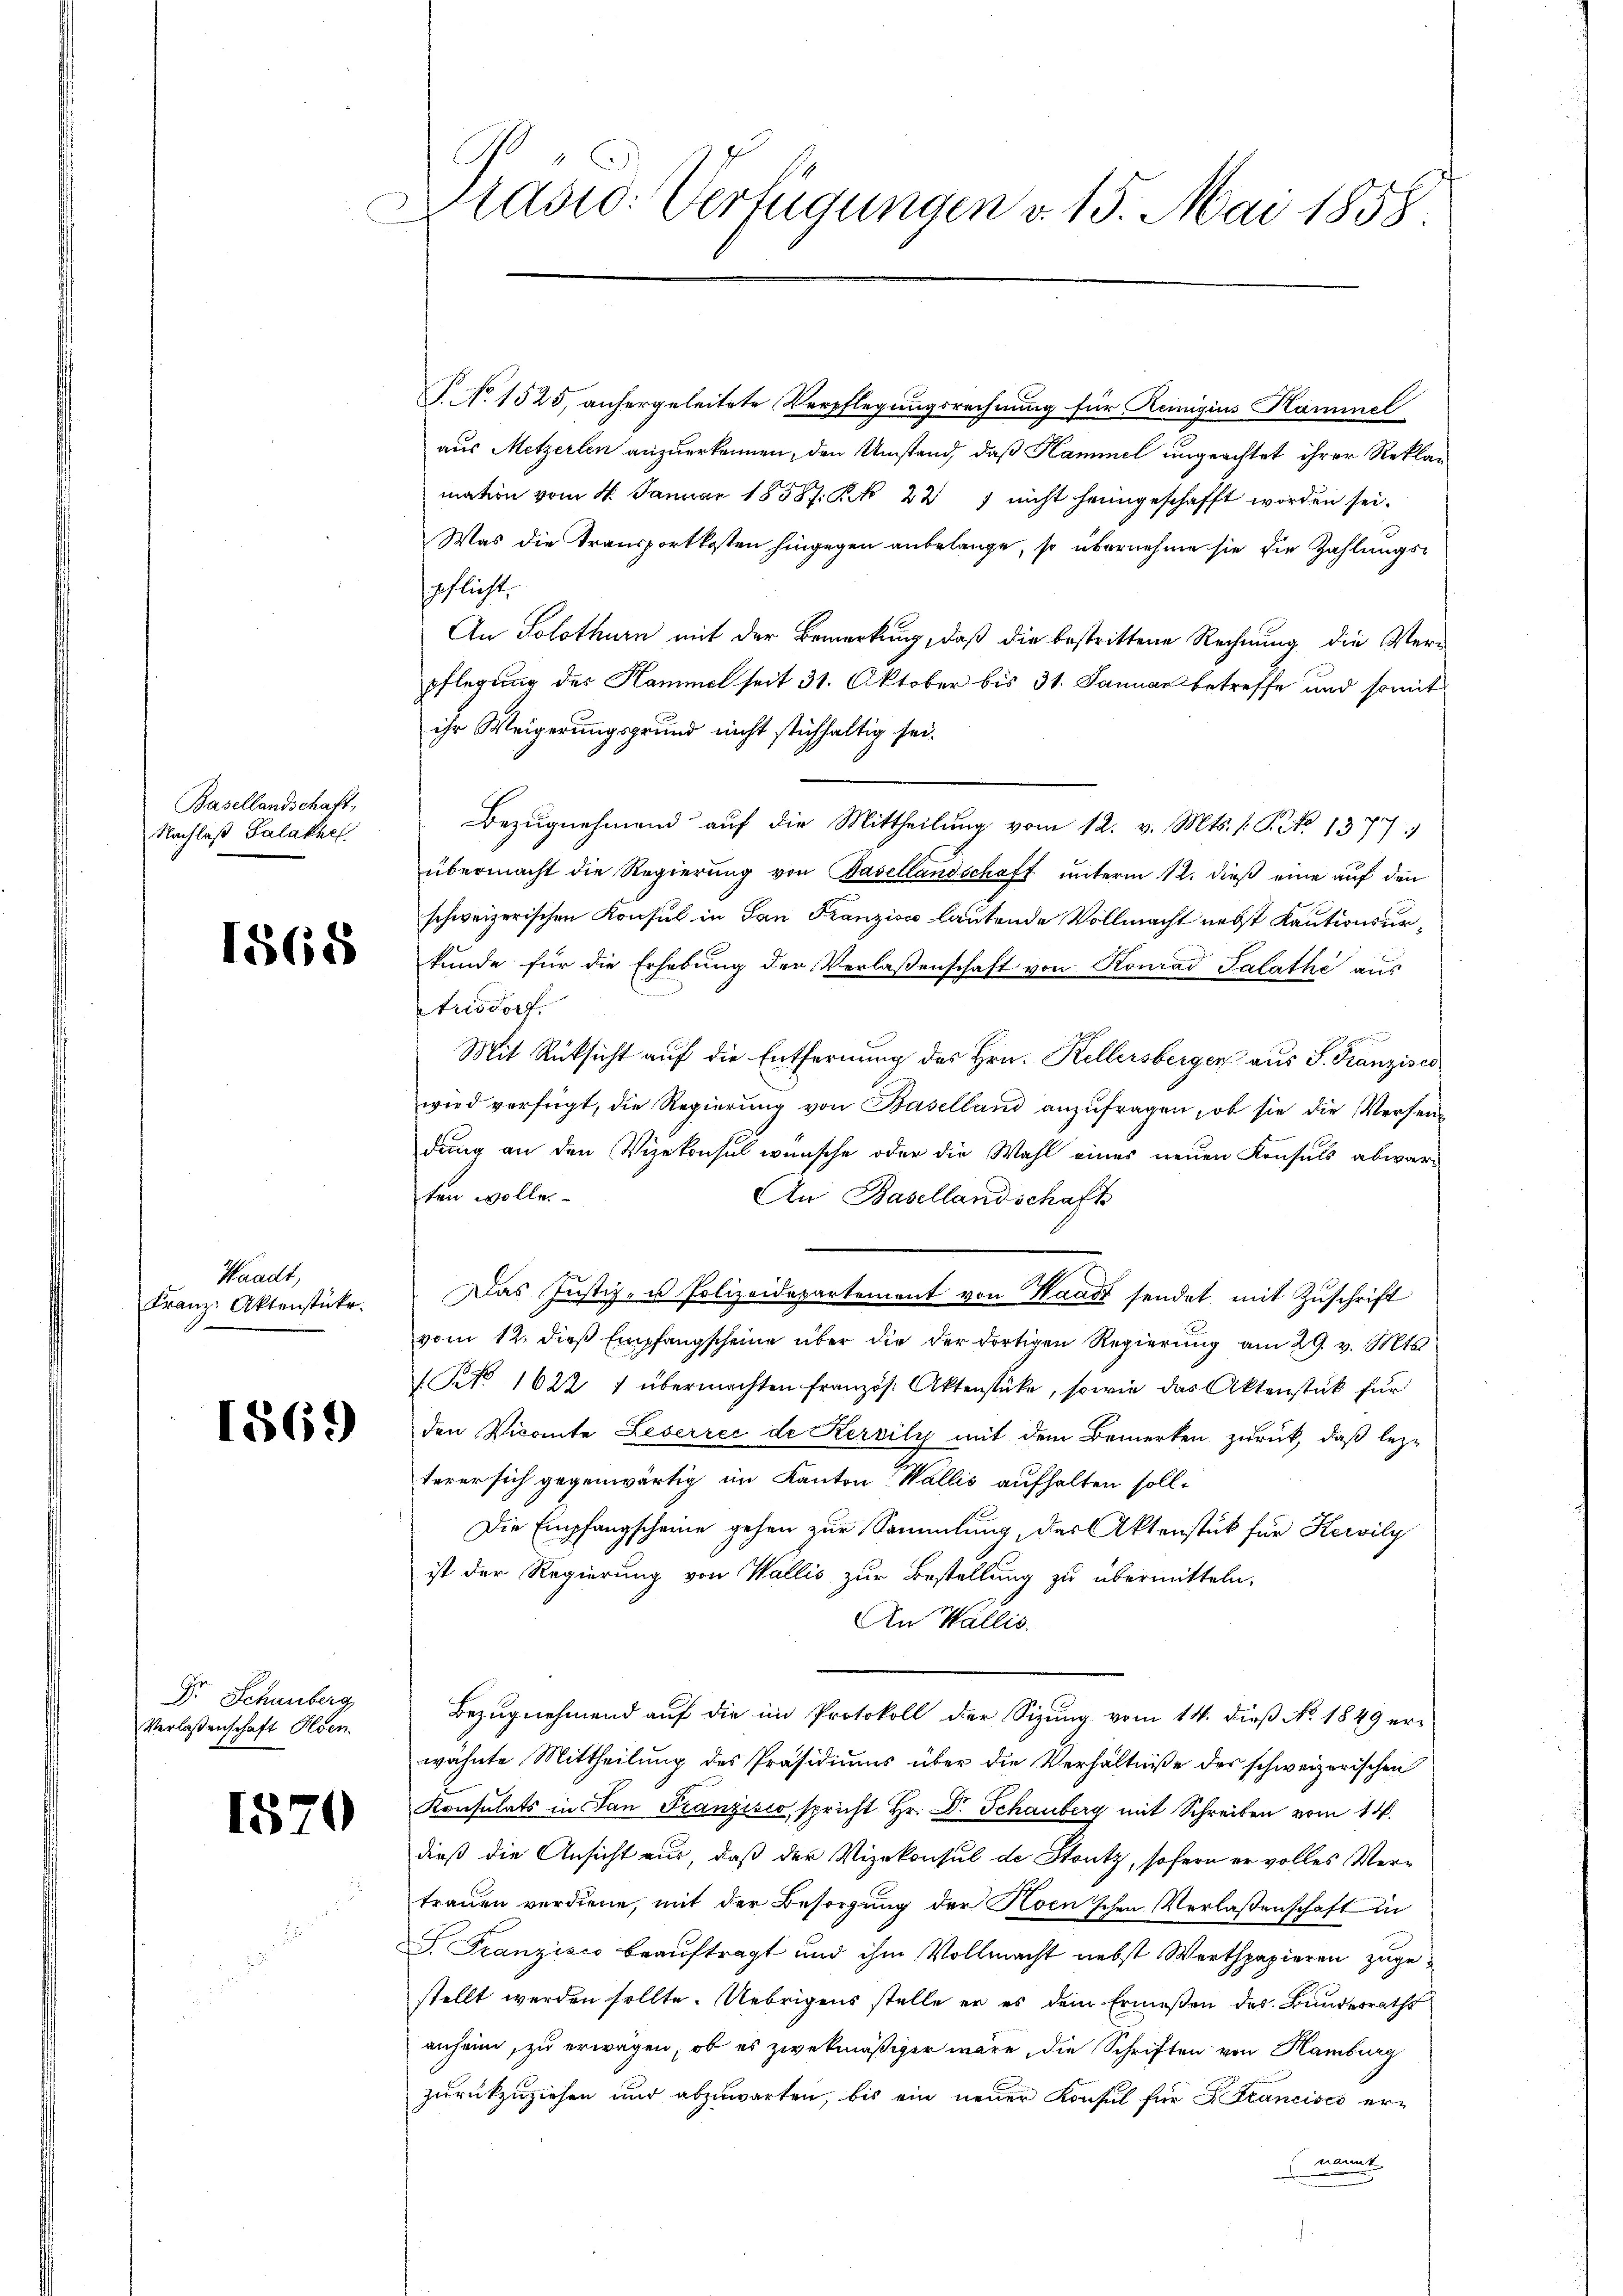
Basellandschaft,
Nachlaß Salathes

1868

Waadt,
Franz: Aktenstücke.

1569

Dr. Schauberg
Verlaßenschaft Olden.

1570

.
asid: Verfügungen v. 15. Mai 1858.
e

P. No 1525, anhergeleitete Verpflegungsrechnung für Reinigius Hammel
aus Metzerlen anzuerkennen, den Umstand, daß Kammel ungeachtet ihrer Reklamation vom 4. Januar 1858. Sk 227 nicht heimgeschafft worden sei.
Was die Transportkosten hingegen anbelange, so übernehme sie die Zahlungsspflicht,
An Solothurn mit der Bemerkung, daß die bestrittene Rechnung die Verpflegung des Hammel seit 31. Oktober bis 31. Januar betreffe und somit
ihr Weigerungsgrund nicht stichhaltig sei.
Bezŭgnehmend aŭf die Mittheilŭng vom 12. v. Mts. 1. P. Nr. 1377. 1
übermacht die Regierung von Basellandschaft unterm 12. dieß eine auf den
schweizerischen Konsul in San Franzisco lautende Vollmacht nebst Kautionsurkunde für die Erhebung der Verlassenschaft von Konrad Salathe aus
Arisdorf.
Mit Rücksicht auf die Entfernung des Hrn. Kellersberger aus S. Franzisci
wird verfeigt, die Regierŭng von Baselland anzufragen, ob sie die Verseidung an den Vizekonsul wünsche oder die Wahl eines neuen Konsuls abwarten wolle.
An Basellandschaft
Das Justiz- u Polizeidepartement von Waadt sendet mit Zuschrift
vom 12. dieß Empfangscheine über die der dortigen Regierung am 29. v. Mts.
(NNo. 1622 1 übermachten französ. Aktenstücke, sowie das Aktenstück für
den Vicante Leserrei de Kervily mit dem Bemerken zurück, daß lezterer sich gegenwärtig im Kanton Wallis aufhalten soll¬
Die Empfangscheine gehen zur Sammlung, das Aktenstück für Kervily
ist der Regierung von Wallis zur Bestellung zu übermitteln,
An Wallis.
Bezugnehmend auf die im Protokoll der Sizung vom 14. dieß No. 1849 er-
wähnte Mittheilung des Präsidiums über die Verhältniße des schweizerischen
Konsulats in San Franzisco, spricht Hr. Dr. Schauberg mit Schreiben vom 14.
dieß die Ansicht aus, daß der Vizekonsul de Stutz, sofern er volles Vertrauen verdiene, mit der Besorgung der Hoen'schen Verlaßenschaft in
J. Franzisco beauftragt und ihm Vollmacht nebst Werthpapieren zugestellt werden sollte. Uebrigens stelle er es dem Ermeßen des Bundesraths
anheim, zu erwägen, ob es zwekmäßiger wäre, die Schriften von Hamburg
zurückzuziehen und abzuwarten, bis ein neuer Konsul für Francisco ernannt.